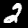
Digit: 2